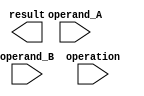
module extended_precision_float_unit (
    input [63:0] operand_A,
    input [63:0] operand_B,
    input [2:0] operation, // 0: addition, 1: subtraction, 2: multiplication, 3: division
    output reg [63:0] result
);

reg sign_A, sign_B;
reg [15:0] exponent_A, exponent_B;
reg [47:0] mantissa_A, mantissa_B;

assign sign_A = operand_A[63];
assign sign_B = operand_B[63];
assign exponent_A = operand_A[62:47];
assign exponent_B = operand_B[62:47];
assign mantissa_A = operand_A[46:0];
assign mantissa_B = operand_B[46:0];

always @(*)
begin
    if(operation == 0) // addition
    begin
        // Addition logic here
    end
    else if(operation == 1) // subtraction
    begin
        // Subtraction logic here
    end
    else if(operation == 2) // multiplication
    begin
        // Multiplication logic here
    end
    else if(operation == 3) // division
    begin
        // Division logic here
    end
end

always @(*)
begin
    // Rounding logic here
end

endmodule